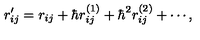
r _ { i j } ^ { \prime } = r _ { i j } + \hbar r _ { i j } ^ { ( 1 ) } + \hbar ^ { 2 } r _ { i j } ^ { ( 2 ) } + \cdots ,